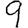
Digit: 9